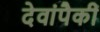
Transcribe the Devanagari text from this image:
देवांपैकीं